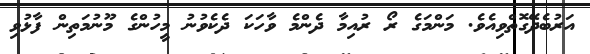
އަރުބެދޭގޮތްވިއެވެ. މަންމަގެ ރޯ ރުއިމާ ދެންމެ ވާހަކަ ދެކެވުނު މީހުންގެ މޫނުމަތިން ފާޅުވި